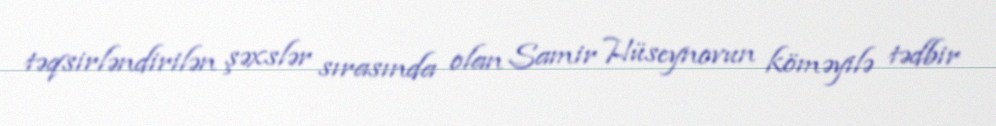
təqsirləndirilən şəxslər sırasında olan Samir Hüseynovun köməyilə tədbir